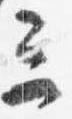
三